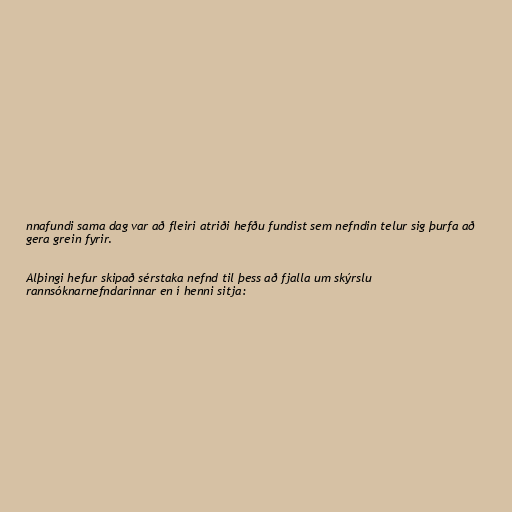
nnafundi sama dag var að fleiri atriði hefðu fundist sem nefndin telur sig þurfa að
gera grein fyrir.

Alþingi hefur skipað sérstaka nefnd til þess að fjalla um skýrslu
rannsóknarnefndarinnar en í henni sitja: